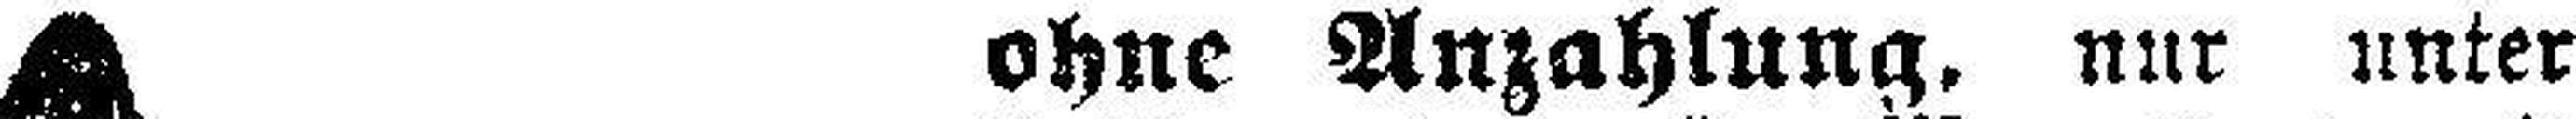
ohne Anzahlung. nur unter